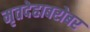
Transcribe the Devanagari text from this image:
मृतदेहाबरोबर